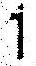
1